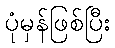
ပုံမှန်ဖြစ်ပြီး